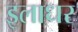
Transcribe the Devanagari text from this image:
इलाधर